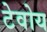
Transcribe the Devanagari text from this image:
टेवोय